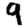
Digit: 9